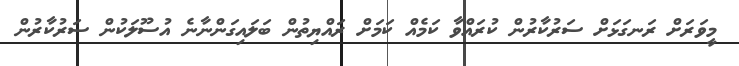
މީވަރަށް ރަނގަޅަށް ސަރުކާރުން ކުރައްވާ ކަމެއް ކަމަށް ރައްޔިތުން ބަލައިގަންނާނެ އުސޫލަކުން ސަރުކާރުން